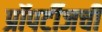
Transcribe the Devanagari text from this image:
प्रॉपर्टीजची